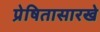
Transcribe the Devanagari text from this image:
प्रेषितासारखे